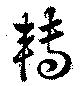
轉